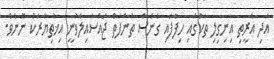
އަދި އެރީތި އިނިގިލި ތަކުގައި ހިފާފައި ގެނެސް ތުންފަތް ޖައްސައިލެވުނީ އިޚުތިޔާރަކު ނޫނެވެ.